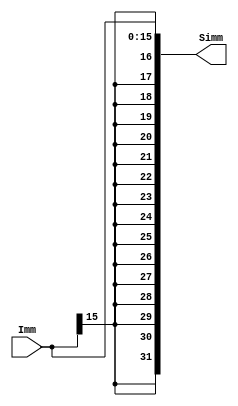
`timescale 1ns / 1ps
//////////////////////////////////////////////////////////////////////////////////
// Company: 
// Engineer: 
// 
// Design Name: 
// Module Name: MCP_Sign_Extens_Unit
// Project Name: 
// Target Devices: 
// Tool Versions: 
// Description: 
// 
// Dependencies: 
// 
// Revision:
// Revision 0.01 - File Created
// Additional Comments:
// 
//////////////////////////////////////////////////////////////////////////////////


module MCP_Sign_Extens_Unit #(parameter WL = 32)
                          (input wire [15:0] Imm,
                           output reg [WL - 1:0] Simm);
//this just makes a word named immediate the legnth of WL while keeping the sign right
    reg sign;
    reg [WL-1:0] i;
    
    always @(Imm)
    begin
        sign = Imm[15];
        Simm = Imm;
        for(i = 15; i < WL; i = i + 1) Simm[i] = sign;
    end

endmodule